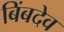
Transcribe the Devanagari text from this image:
बिंबदेव